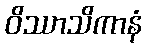
ဝိဿာသိကာနံ